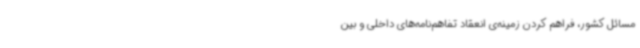
مسائل کشور، فراهم کردن زمینه‌ی انعقاد تفاهم‌نامه‌های داخلی و بین‌